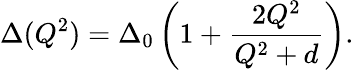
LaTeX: \Delta(Q^{2})=\Delta_{0}\left(1+\frac{2Q^{2}}{Q^{2}+d}\right).